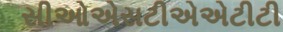
સીઓએસટીએએટીટી